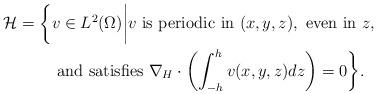
LaTeX: \begin{align*}\mathcal H=\bigg\{& v\in L^2(\Omega)\bigg|v\mbox{ is periodic in }(x,y,z), \mbox{ even in }z, \\&\mbox{ and satisfies } \nabla_H\cdot \left(\int_{-h}^hv(x,y,z)dz\right)=0\bigg\}.\end{align*}